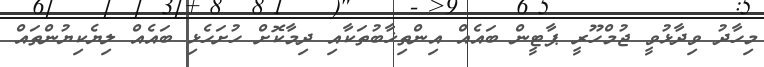
މިހާދު ވިދާޅުވީ ޖުމްހޫރީ ޕާޓީން ބައެއް އިންތިޚާބުތަކާއި ދިމާކޮށް ހުށަހެޅި ބައެއް ލިޔެކިޔުންތައް